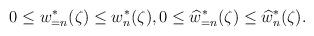
LaTeX: \begin{align*} 0\leq w_{=n}^{\ast}(\zeta)\leq w_{n}^{\ast}(\zeta), 0\leq \widehat{w}_{=n}^{\ast}(\zeta)\leq \widehat{w}_{n}^{\ast}(\zeta).\end{align*}